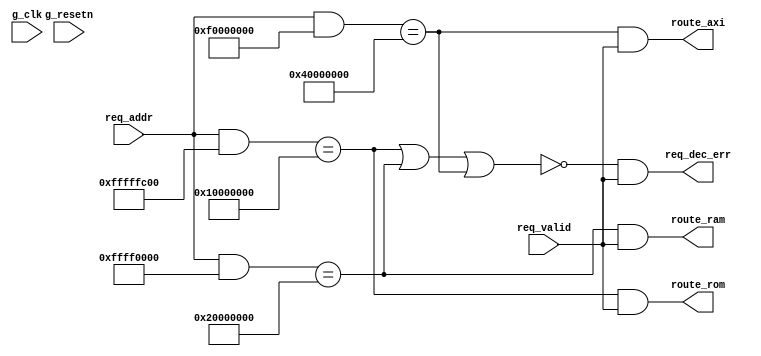

// 
// module: ic_addr_decode
// 
//  Decodes the request addresses and signals which peripheral they
//  should be routed too.
//
//  - Request that the address is decoded by asserted req_valid
//  - One of the route_* or req_dec_err is then asserted in the same
//    cycle.
// 
module ic_addr_decode (

input  wire        g_clk        ,   // Global clock
input  wire        g_resetn     ,   // Synchronous active low reset

input  wire        req_valid    ,   // Request is valid
input  wire [31:0] req_addr     ,   // Request address

output wire        req_dec_err  ,   // Address decode error - doesn't map

output wire        route_rom    ,   // Route to the ROM
output wire        route_ram    ,   // Route to the RAM
output wire        route_axi        // Route to the AXI bridge.

);

//
// Memory map parameters

parameter MAP_ROM_MATCH = 32'h1000_0000;
parameter MAP_ROM_MASK  = 32'hFFFF_FC00;
parameter MAP_ROM_RANGE = 32'h0000_03FF;

parameter MAP_RAM_MATCH = 32'h2000_0000;
parameter MAP_RAM_MASK  = 32'hFFFF_0000;
parameter MAP_RAM_RANGE = 32'h0000_FFFF;

parameter MAP_AXI_MATCH = 32'h4000_0000;
parameter MAP_AXI_MASK  = 32'hF000_0000;
parameter MAP_AXI_RANGE = 32'h0FFF_FFFF;

//
// Where does the request map too?

wire match_rom = ((req_addr &  MAP_ROM_MASK) == (           MAP_ROM_MATCH)) &&
                 ((req_addr & ~MAP_ROM_MASK) == (req_addr & MAP_ROM_RANGE)) ;

wire match_ram = ((req_addr &  MAP_RAM_MASK) == (           MAP_RAM_MATCH)) &&
                 ((req_addr & ~MAP_RAM_MASK) == (req_addr & MAP_RAM_RANGE)) ;

wire match_axi = ((req_addr &  MAP_AXI_MASK) == (           MAP_AXI_MATCH)) &&
                 ((req_addr & ~MAP_AXI_MASK) == (req_addr & MAP_AXI_RANGE)) ;

//
// Assert route/error signals.

assign route_rom    = match_rom && req_valid;

assign route_ram    = match_ram && req_valid;

assign route_axi    = match_axi && req_valid;

assign req_dec_err  = !(match_rom || match_ram || match_axi) && req_valid;

//
// Formal checkers.

`ifdef FORMAL_IC_ADDR_DECODE

initial assume(!g_resetn);

always @(posedge g_clk) if(g_resetn && $stable(g_resetn)) begin

    assert(!(route_rom && route_ram));
    
    assert(!(route_rom && route_axi));
    
    assert(!(route_ram && route_axi));

    cover(route_rom);

    cover(route_ram);
    
    cover(route_axi);

end

`endif

endmodule